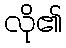
လို၏